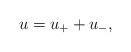
LaTeX: \begin{align*}u = u_+ + u_-,\end{align*}